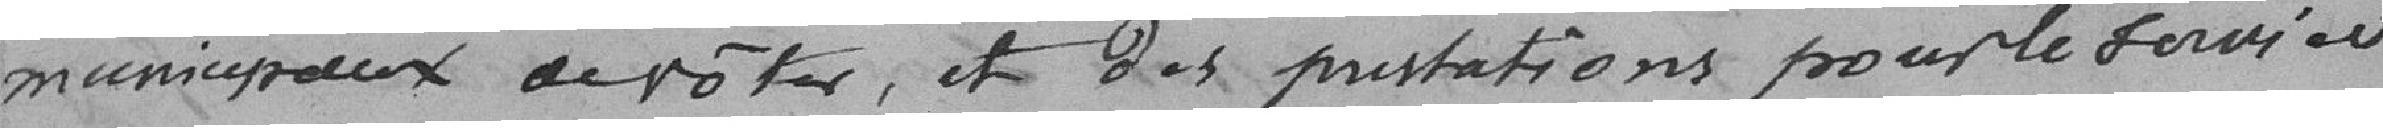
municipaux de voter, et des prestations pour le service